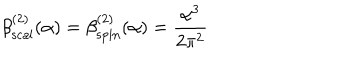
\beta _ { \mathrm { s c a l } } ^ { ( 2 ) } ( \alpha ) = \beta _ { \mathrm { s p i n } } ^ { ( 2 ) } ( \alpha ) = { \frac { { \alpha } ^ { 3 } } { 2 { \pi } ^ { 2 } } } \quad